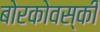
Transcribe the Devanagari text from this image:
बोरकोवस्की